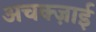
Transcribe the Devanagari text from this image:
अचक्ज़ाई